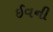
ઈવની